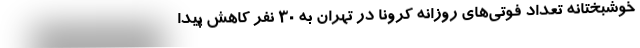
خوشبختانه تعداد فوتی‌های روزانه کرونا در تهران به ۳۰ نفر کاهش پیدا